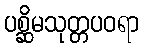
ပစ္ဆိမသုတ္တပဝရာ